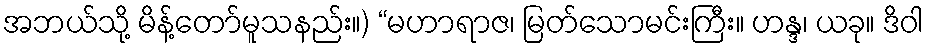
အဘယ်သို့ မိန့်တော်မူသနည်း။) “မဟာရာဇ၊ မြတ်သောမင်းကြီး။ ဟန္ဒ၊ ယခု။ ဒိဝါ